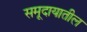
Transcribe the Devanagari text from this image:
समूदायातील